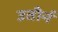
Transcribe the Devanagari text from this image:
उतीर्न